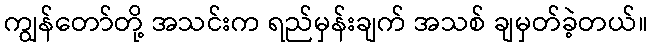
ကျွန်တော်တို့ အသင်းက ရည်မှန်းချက် အသစ် ချမှတ်ခဲ့တယ်။